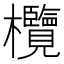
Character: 欖